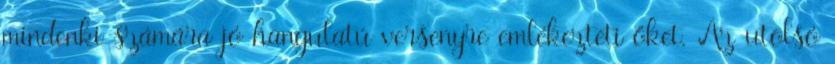
mindenki számára jó hangulatú versenyre emlékezteti őket. Az utolsó